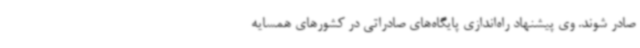
صادر شوند. وی پیشنهاد راه‌اندازی پایگاه‌های صادراتی در کشورهای همسایه